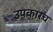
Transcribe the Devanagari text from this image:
उपकारच